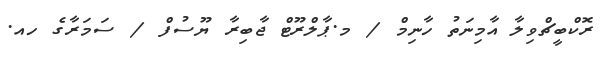
ރޮކްބީޗްވިލާ އާމިނަތު ހާނިމް / މ.ޕާލްރޫޓް ޖާބިރާ ޔޫސުފް / ސަމަރާގެ ހއ.